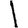
Digit: 1